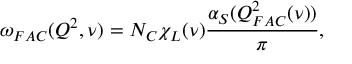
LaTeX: \omega _ { F A C } ( Q ^ { 2 } , \nu ) = N _ { C } \chi _ { L } ( \nu ) \frac { \alpha _ { S } ( Q _ { F A C } ^ { 2 } ( \nu ) ) } { \pi } ,